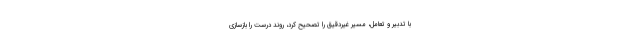
با تدبیر و تعامل، مسیر غیردقیق را تصحیح کرد، روند درست را بازسازی